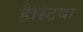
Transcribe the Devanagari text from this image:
हैस्टिया